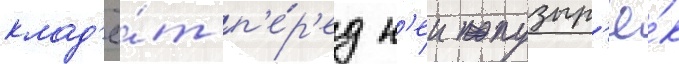
клад'ё́т п'е́р'ед н'еи пузыр'ё́к